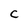
Character: C